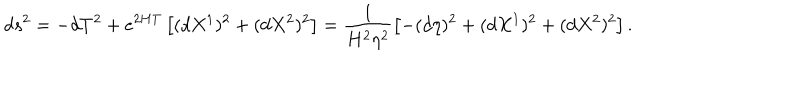
d s ^ { 2 } = - d T ^ { 2 } + e ^ { 2 H T } \left[ ( d X ^ { 1 } ) ^ { 2 } + ( d X ^ { 2 } ) ^ { 2 } \right] = \frac { 1 } { H ^ { 2 } \eta ^ { 2 } } \left[ - ( d \eta ) ^ { 2 } + ( d X ^ { 1 } ) ^ { 2 } + ( d X ^ { 2 } ) ^ { 2 } \right] .